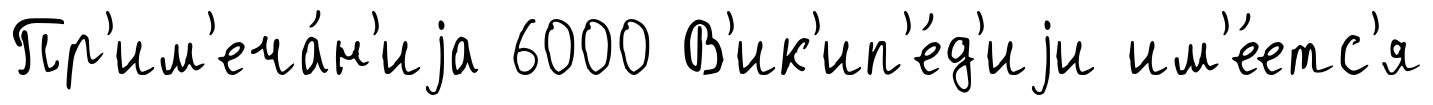
Пр'им'еча́н'иjа 6000 В'ик'ип'е́д'иjи им'е́етс'я